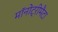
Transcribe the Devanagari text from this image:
मॉनोट्रीमैटा